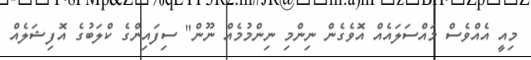
މިއީ އެއްވެސް މައްސަލައެއް އޮވެގެން ނިންމި ނިންމުމެއް ނޫން" ސިފައިންގެ ކްލަބުގެ އޮފިޝަލެއް